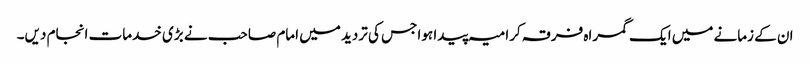
ان کے زمانے میں ایک گمراہ فرقہ کرامیہ پیدا ہوا جس کی تردید میں امام صاحب نے بڑی خدمات انجام دیں۔